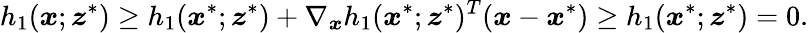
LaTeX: h_{1}(\boldsymbol{x};\boldsymbol{z}^{*})\geq h_{1}(\boldsymbol{x}^{*};\boldsymbol{z}^{*})+\nabla_{\boldsymbol{x}}h_{1}(\boldsymbol{x}^{*};\boldsymbol{z}^{*})^{T}(\boldsymbol{x}-\boldsymbol{x}^{*})\geq h_{1}(\boldsymbol{x}^{*};\boldsymbol{z}^{*})=0.